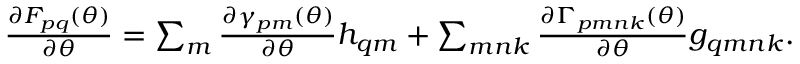
\begin{array} { r } { \frac { \partial F _ { p q } ( { \boldsymbol { \theta } } ) } { \partial { \boldsymbol { \theta } } } = \sum _ { m } \frac { \partial \gamma _ { p m } ( { \boldsymbol { \theta } } ) } { \partial { \boldsymbol { \theta } } } h _ { q m } + \sum _ { m n k } \frac { \partial \Gamma _ { p m n k } ( { \boldsymbol { \theta } } ) } { \partial { \boldsymbol { \theta } } } g _ { q m n k } . } \end{array}